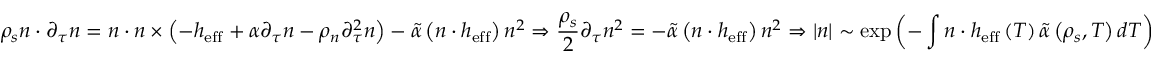
\rho _ { s } \boldsymbol { n } \cdot \partial _ { \tau } \boldsymbol { n } = \boldsymbol { n } \cdot \boldsymbol { n } \times \left( - \boldsymbol { h } _ { \mathrm { e f f } } + \alpha \partial _ { \tau } \boldsymbol { n } - \rho _ { n } \partial _ { \tau } ^ { 2 } \boldsymbol { n } \right) - \tilde { \alpha } \left( \boldsymbol { n } \cdot \boldsymbol { h } _ { \mathrm { e f f } } \right) \boldsymbol { n } ^ { 2 } \Rightarrow \frac { \rho _ { s } } { 2 } \partial _ { \tau } \boldsymbol { n } ^ { 2 } = - \tilde { \alpha } \left( \boldsymbol { n } \cdot \boldsymbol { h } _ { \mathrm { e f f } } \right) \boldsymbol { n } ^ { 2 } \Rightarrow \left| \boldsymbol { n } \right| \sim \exp \left( - \int { \boldsymbol { n } \cdot \boldsymbol { h } _ { \mathrm { e f f } } \left( T \right) \tilde { \alpha } \left( \rho _ { s } , T \right) d T } \right)